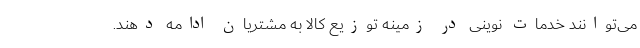
می‌توانند خدمات نوینی در زمینه توزیع کالا به مشتریان ادامه دهند.